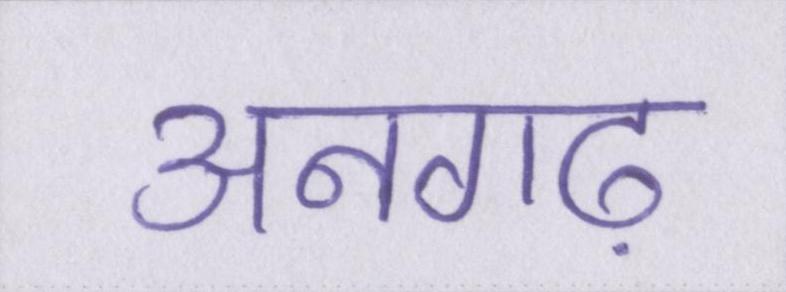
अनगढ़